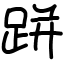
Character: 跰